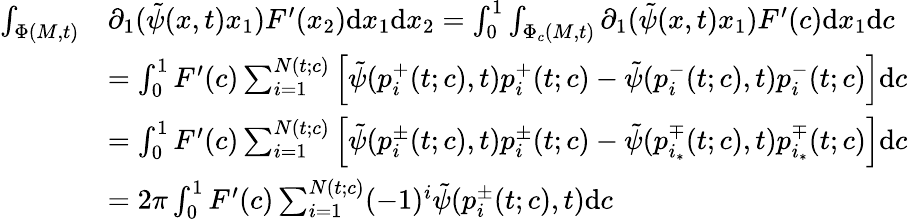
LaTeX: \begin{array}{rl}{\int_{\Phi(M,t)}}&{\partial_{1}(\tilde{\psi}(x,t)x_{1})F^{\prime}(x_{2})\mathrm{d}x_{1}\mathrm{d}x_{2}=\int_{0}^{1}\int_{\Phi_{c}(M,t)}\partial_{1}(\tilde{\psi}(x,t)x_{1})F^{\prime}(c)\mathrm{d}x_{1}\mathrm{d}c}\\ &{=\int_{0}^{1}F^{\prime}(c)\sum_{i=1}^{N(t;c)}\left[\tilde{\psi}(p_{i}^{+}(t;c),t)p_{i}^{+}(t;c)-\tilde{\psi}(p_{i}^{-}(t;c),t)p_{i}^{-}(t;c)\right]\mathrm{d}c}\\ &{=\int_{0}^{1}F^{\prime}(c)\sum_{i=1}^{N(t;c)}\left[\tilde{\psi}(p_{i}^{\pm}(t;c),t)p_{i}^{\pm}(t;c)-\tilde{\psi}(p_{i_{*}}^{\mp}(t;c),t)p_{i_{*}}^{\mp}(t;c)\right]\mathrm{d}c}\\ &{=2\pi\int_{0}^{1}F^{\prime}(c)\sum_{i=1}^{N(t;c)}(-1)^{i}\tilde{\psi}(p_{i}^{\pm}(t;c),t)\mathrm{d}c}\end{array}